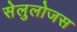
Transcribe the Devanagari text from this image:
सेलुलोजस